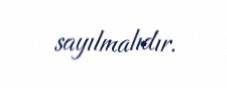
sayılmalıdır.